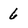
Character: 6